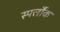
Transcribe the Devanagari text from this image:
स्पर्लौक